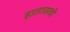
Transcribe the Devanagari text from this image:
हातावरची